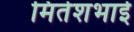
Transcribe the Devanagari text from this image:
मितेशभाई